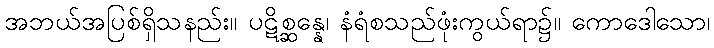
အဘယ်အပြစ်ရှိသနည်း။ ပဋိစ္ဆန္နေ၊ နံရံစသည်ဖုံးကွယ်ရာ၌။ ကောဒေါသော၊